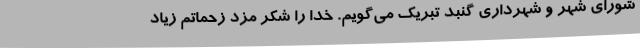
شورای شهر و شهرداری گنبد تبریک می‌گویم. خدا را شکر مزد زحماتم زیاد